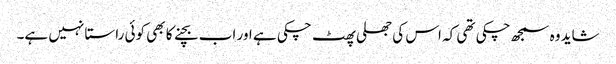
شاید وہ سمجھ چکی تھی کہ اس کی جھلی پھٹ چکی ہے اور اب بچنے کا بھی کوئی راستا نہیں ہے۔